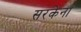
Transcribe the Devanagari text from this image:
सरकेना